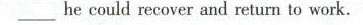
__he could recover and return to work.